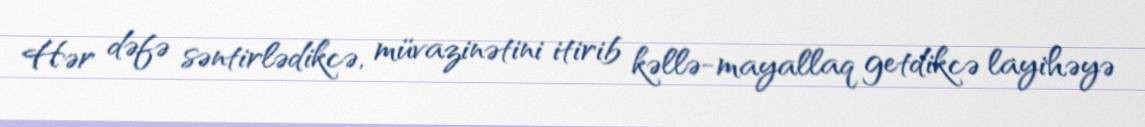
Hər dəfə səntirlədikcə, müvazinətini itirib kəllə-mayallaq getdikcə layihəyə